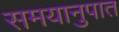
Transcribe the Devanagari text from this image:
समयानुपात